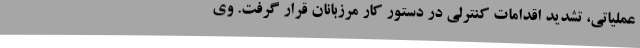
عملیاتی، تشدید اقدامات کنترلی در دستور کار مرزبانان قرار گرفت. وی